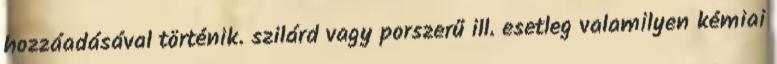
hozzáadásával történik. szilárd vagy porszerű ill. esetleg valamilyen kémiai